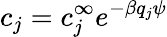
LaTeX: c_{j}=c_{j}^{\infty}e^{-\beta q_{j}\psi}